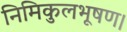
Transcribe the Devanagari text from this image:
निमिकुलभूषण।